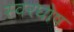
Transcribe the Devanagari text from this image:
स्वरघोष